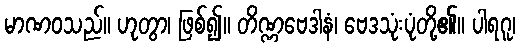
မာဏဝသည်။ ဟုတွာ၊ ဖြစ်၍။ တိဏ္ဏဗေဒါနံ၊ ဗေဒသုံးပုံတို့၏။ ပါရဂူ၊